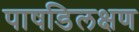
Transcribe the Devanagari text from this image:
पाषडिलक्षण